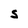
Character: S